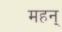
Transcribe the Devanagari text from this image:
महन्